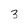
Character: 3